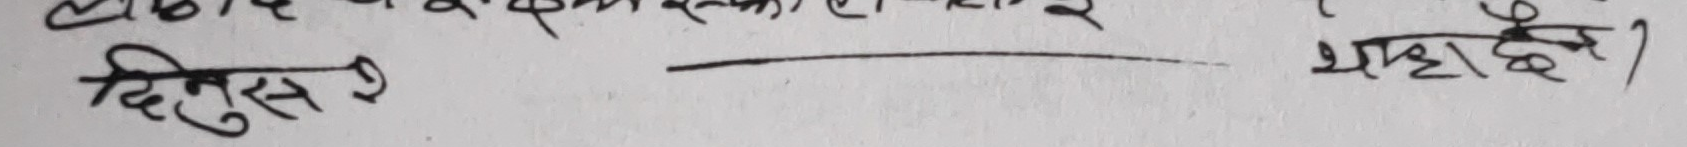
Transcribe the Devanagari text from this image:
दिनुस  यहाँ छ।